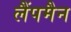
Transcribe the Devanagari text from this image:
लैंपमैन